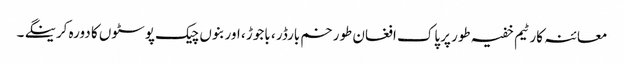
معائنہ کار ٹیم خفیہ طور پرپاک افغان طورخم بارڈر ، باجوڑ ، اور بنوں چیک پوسٹوں کا دورہ کرینگے ۔